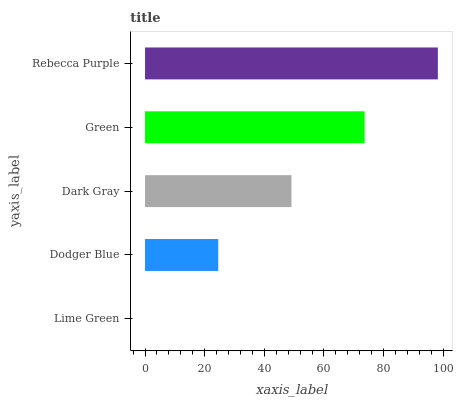
| yaxis_label | bars |
 | --- | --- |
 | Lime Green | 0 |
 | Dodger Blue | 24.5 |
 | Dark Gray | 49.1 |
 | Green | 73.6 |
 | Rebecca Purple | 98.2 |